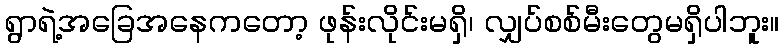
ရွာရဲ့အခြေအနေကတော့ ဖုန်းလိုင်းမရှိ၊ လျှပ်စစ်မီးတွေမရှိပါဘူး။